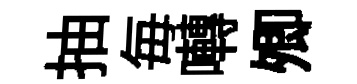
抽毎囀𡖖